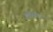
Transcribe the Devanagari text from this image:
इशिंग